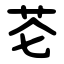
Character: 芲